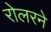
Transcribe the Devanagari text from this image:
रोलरने